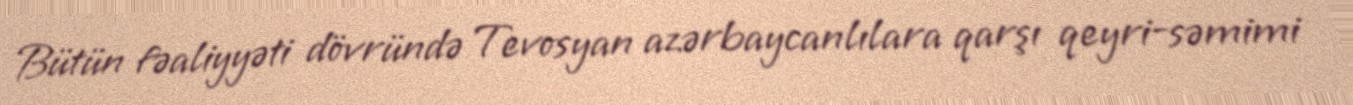
Bütün fəaliyyəti dövründə Tevosyan azərbaycanlılara qarşı qeyri-səmimi